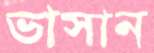
ভাসান